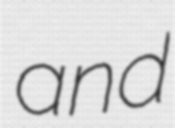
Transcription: and